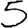
Digit: 5